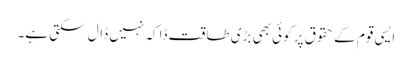
ایسی قوم کے حقوق پر کوئی بھی بڑی طاقت ڈاکہ نہیں ڈال سکتی ہے۔